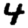
Digit: 4